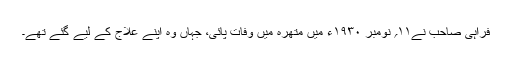
فراہی صاحب نے۱۱؍ نومبر ۱۹۳۰ء میں متھرہ میں وفات پائی، جہاں وہ اپنے علاج کے لیے گئے تھے۔